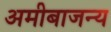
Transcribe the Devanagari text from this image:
अमीबाजन्य